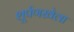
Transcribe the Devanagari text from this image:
शूर्पणखेला